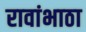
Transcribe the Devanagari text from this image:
रावांभाठा